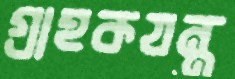
গ্রাহকযন্ত্র